Vaccination in Bombay 1856-1862 - 1856-1862
Year: 1856
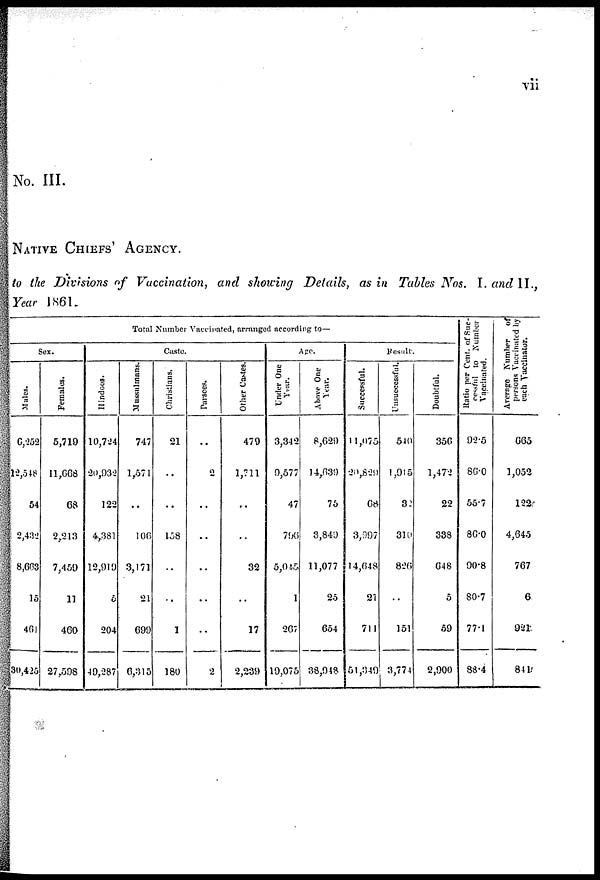
vii
No. III.
NATIVE CHIEFS' AGENCY.
to the Divisions of Vaccivation, and showing Details, as in Tables Nos. I. and II.
Year 1861.
Total Number Vaccinated, arranged according to—
Sex.
Males.
6,252
12,548
54
2,432
8,663
15
461
30,425
Females.
5,719
11,668
68
2,213
7,459
11
469
27,598
Caste.
Hindoos.
10,724
20,935
122
4,381
12,919
5
204
40,287
Mussulmans.
747
1,571
..
106
3,171
21
699
6,315
Christians.
21
..
..
158
..
..
1
180
Parsees.
..
2
..
..
..
..
..
2
Other Castes.
479
1,711
..
..
32
..
17
2,239
Age.
Under One
Year.
3,342
9,577
47
796
5,045
1
267
19,075
Above One
Year.
8,629
14,639
75
3,849
11,077
25
654
38,948
Result.
Successful.
11,075
20.829
68
3,997
14,648
27
711
51,349
Unsuccessful.
540
1,915
32
310
826
..
151
3,774
Doubtful.
356
1,472
22
338
648
5
59
2,900
Ratio per Cent. of Suc-
cessful to Number
Vaccinated.
92.5
86.0
55.7
86.0
90.8
80.7
77.1
88.4
Average Number of
persons Vaccinated by
each Vaccinator.
665
1,052
122
4,645
767
6
921
841